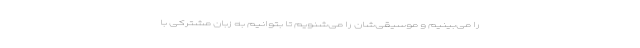
را می‌بینیم و موسیقی‌شان را می‌شنویم تا بتوانیم به زبان مشترکی با